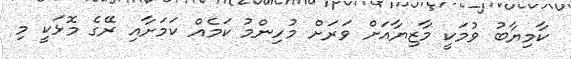
ކާމިޔާބު ވުމަކީ މާޒިޔާއަށް ވަރަށް މުހިންމު ކަމެއް ކަމަށާއި ރޭގެ މޮޅަކީ މި